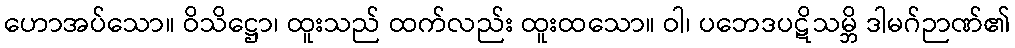
ဟောအပ်သော။ ဝိသိဋ္ဌော၊ ထူးသည် ထက်လည်း ထူးထသော။ ဝါ၊ ပဘေဒပဋိသမ္ဘိ ဒါမဂ်ဉာဏ်၏